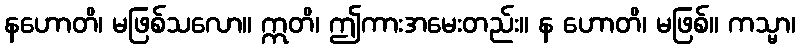
နဟောတိ၊ မဖြစ်သလော။ ဣတိ၊ ဤကားအမေးတည်း။ န ဟောတိ၊ မဖြစ်။ ကသ္မာ၊